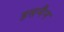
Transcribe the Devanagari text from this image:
हसनैन